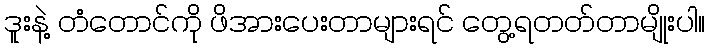
ဒူးနဲ့ တံတောင်ကို ဖိအားပေးတာများရင် တွေ့ရတတ်တာမျိုးပါ။